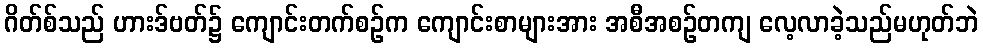
ဂိတ်စ်သည် ဟားဒ်ဗတ်၌ ကျောင်းတက်စဉ်က ကျောင်းစာများအား အစီအစဉ်တကျ လေ့လာခဲ့သည်မဟုတ်ဘဲ